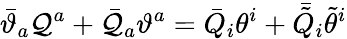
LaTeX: \bar{\vartheta}_{a}{\cal Q}^{a}+\bar{{\cal Q}}_{a}\vartheta^{a}=\bar{Q}_{i}\theta^{i}+\bar{\tilde{Q}}_{i}\tilde{\theta}^{i}